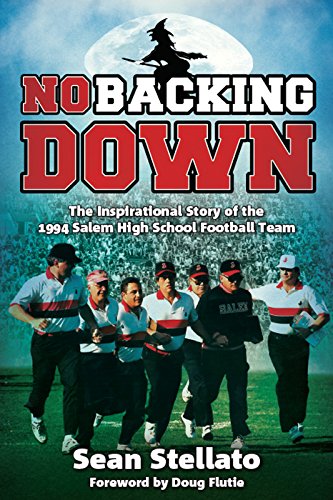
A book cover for No Backing Down: The Story of the 1994 Salem High School Football Team; Sean Stelatto; Biographies & Memoirs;